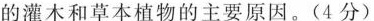
的灌木和草本植物的主要原因。(4分)